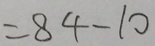
= 8 4 - 1 0